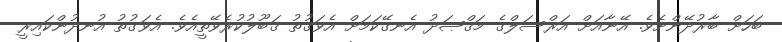
ބަހަށް ބާރުދޭންށެވެ. އޭނާއަށް އަރްސަލްގެ މަޤްޞަދު އެނގޭކަމަށް އެވަގުތު ޤަބޫލުކުރެވޭތީއެވެ. އެވަގުތު އުނދުންކައިރީ